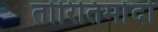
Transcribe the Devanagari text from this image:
तोरितिमोंदो